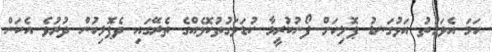
ހަމަ އެވަގުތު އަޅުގަނޑު ޕޮލިހަށް ފޯނުކުރީމާ ކުޑަވަގުތުކޮޅެއްގެ ތެރޭގައި ދެޕޮލިހުން ދުރުވެ އެކަން